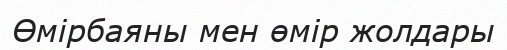
Өмірбаяны мен өмір жолдары